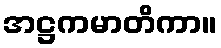
အဋ္ဌကမာတိကာ။